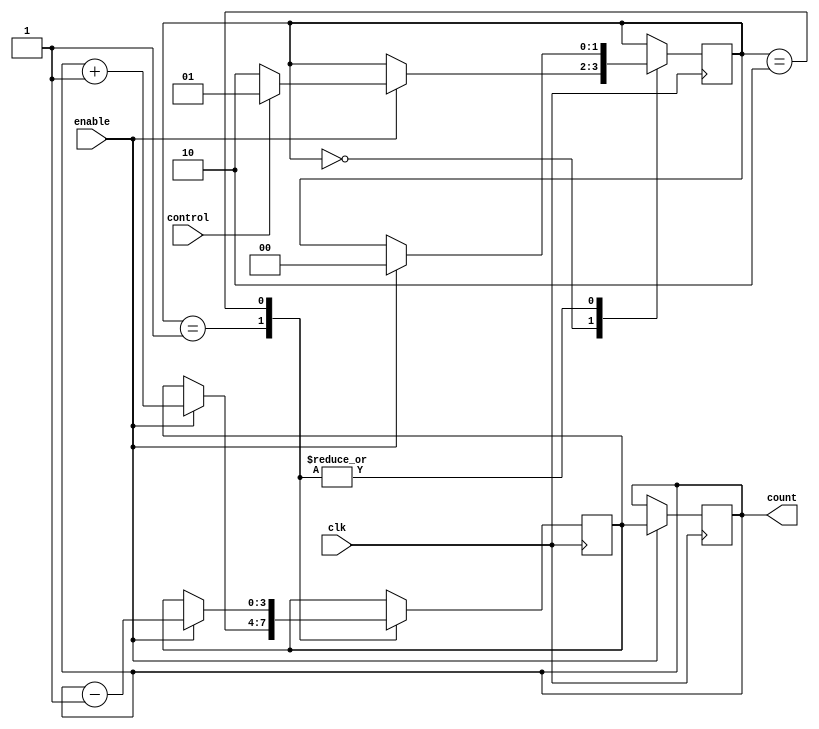
module gray_counter (
    input wire clk,
    input wire enable,
    input wire control,
    output reg [3:0] count
);

reg [3:0] next_count;
reg [1:0] state;

always @ (posedge clk) begin
    case (state)
        2'b00: begin
            if (enable) begin
                if (control)
                    state <= 2'b01; // Count up
                else
                    state <= 2'b10; // Count down
            end
        end
        2'b01: begin
            if (enable) begin
                next_count <= count + 1;
                state <= 2'b00;
            end
        end
        2'b10: begin
            if (enable) begin
                next_count <= count - 1;
                state <= 2'b00;
            end
        end
    endcase
end

always @ (posedge clk) begin
    if (enable) begin
        count <= next_count;
    end
end

endmodule